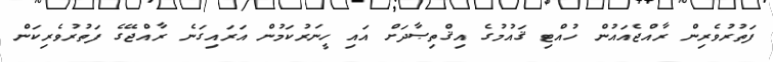
ފަތުރުވެރިން ރާއްޖެއައުން ހުއްޓި ޤައުމުގެ އިޤްތިޞާދަށް އައި ހީނަރުކަމުން އަރައިގަނެ ރާއްޖޭގެ ފަތުރުވެރިކަން